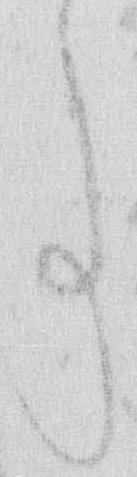
事